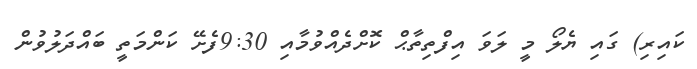
ކައިރި) ގައި ޔެލޯ މީ ލަވަ އިފްތިތާޙް ކޮށްދެއްވުމާއި 9:30ފެށޭ ކަންމަތީ ބައްދަލުވުން